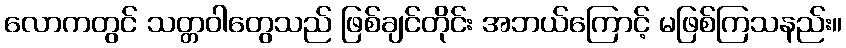
လောကတွင် သတ္တဝါတွေသည် ဖြစ်ချင်တိုင်း အဘယ်ကြောင့် မဖြစ်ကြသနည်း။